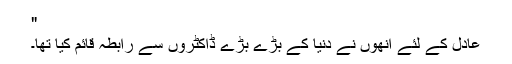
"
عادل کے لئے اُنھوں نے دُنیا کے بڑے بڑے ڈاکٹروں سے رابطہ قائم کیا تھا۔